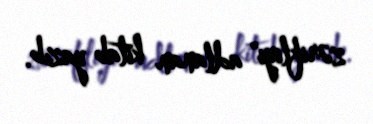
zərifliyi" adlanan kitab yazıb.